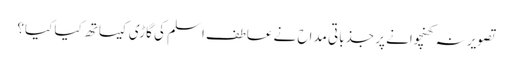
تصویر نہ کھنچوانے پر جذباتی مداح نے عاطف اسلم کی گاڑی کیساتھ کیا کیا؟